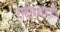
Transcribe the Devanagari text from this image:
राघोबादादांनी